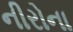
નીરોના